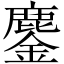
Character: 鏖